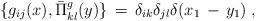
LaTeX: \begin{align*}\{g_{ij}(x),\bar{\Pi}^{g}_{kl}(y)\}\,=\,\delta_{ik}\delta_{jl}\delta(x_{1}\,-\, y_{1}) \; ,\end{align*}